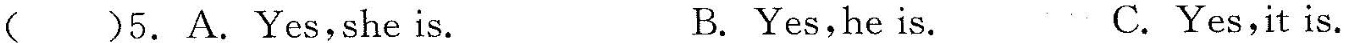
( )5.A.Yes,she is. B. Yes,he is. C.Yes,it is.